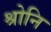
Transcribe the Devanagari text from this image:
श्रोनि